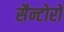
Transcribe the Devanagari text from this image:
सैन्टोरो